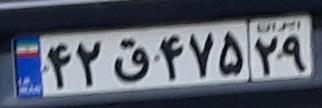
۴۲ق۴۷۵۲۹